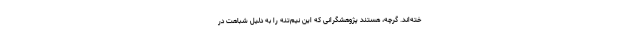
خته‌اند. گرچه، هستند پژوهشگرانی که این نیم‌تنه را به دلیل شباهت در